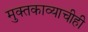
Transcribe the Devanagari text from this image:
मुक्तकाव्याचीही